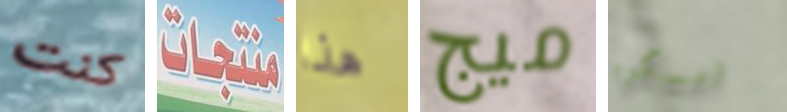
كنت منتجات هذا ميج امسكوه